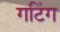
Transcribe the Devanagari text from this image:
गटिंग